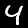
Digit: 4